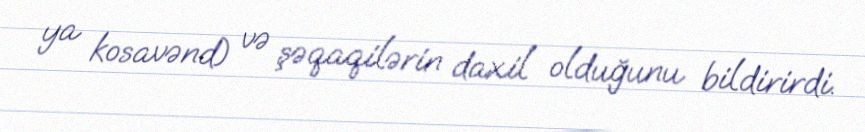
ya kosavənd) və şəqaqilərin daxil olduğunu bildirirdi.